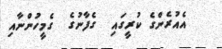
އެއުރެންގެ ކުރީގައި  ގެފާނުގެ  ގެމީހުންނާއި